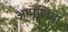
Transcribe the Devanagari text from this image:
आपूलिया